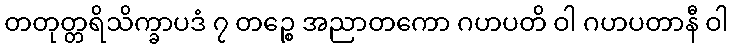
တတုတ္တရိသိက္ခာပဒံ ၇ တဉ္စေ အညာတကော ဂဟပတိ ဝါ ဂဟပတာနီ ဝါ